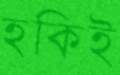
হকিই